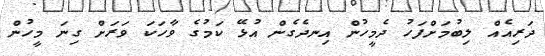
ދަރިއެއް ލިބުމަށްފަހު ދެމީހުން އިނދެގެން އުޅޭ ކަމުގެ ވާހަކަ ވަރަށް ގިނަ މީހުން